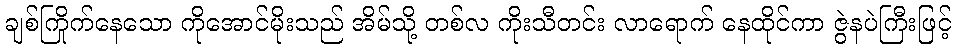
ချစ်ကြိုက်နေသော ကိုအောင်မိုးသည် အိမ်သို့ တစ်လ ကိုးသီတင်း လာရောက် နေထိုင်ကာ ဇွဲနပဲကြီးဖြင့်